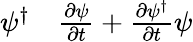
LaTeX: \begin{array}{rl}{\psi^{\dagger}}&{{}\frac{\partial\psi}{\partial t}+\frac{\partial\psi^{\dagger}}{\partial t}\psi}\end{array}